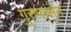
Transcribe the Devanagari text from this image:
गुरुपासून